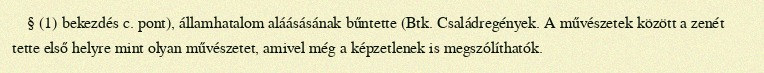
§ (1) bekezdés c. pont), államhatalom aláásásának bűntette (Btk. Családregények. A művészetek között a zenét tette első helyre mint olyan művészetet, amivel még a képzetlenek is megszólíthatók.